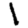
Digit: 1